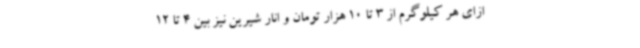
ازای هر کیلوگرم از 3 تا 10 هزار تومان و انار شیرین نیز بین 4 تا 12